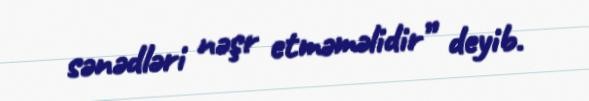
sənədləri nəşr etməməlidir” deyib.